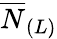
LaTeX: \overline{{N}}_{(L)}